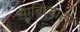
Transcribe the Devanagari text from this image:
सानिध्यातून